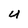
Character: 4